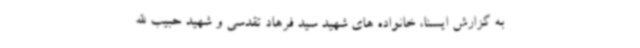
به گزارش ایسنا، خانواده های شهید سید فرهاد تقدسی و شهید حبیب الله